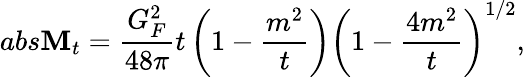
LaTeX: abs\mathbf{M}_{t}=\frac{{G_{F}^{2}}}{{48\pi}}t\left(1-\frac{{m^{2}}}{{t}}\right)\left(1-\frac{{4m^{2}}}{{t}}\right)^{1/2},